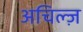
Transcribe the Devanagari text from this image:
अचिल्ज़